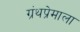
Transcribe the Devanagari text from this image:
ग्रंथप्रेमाला